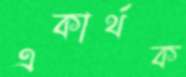
একার্থক